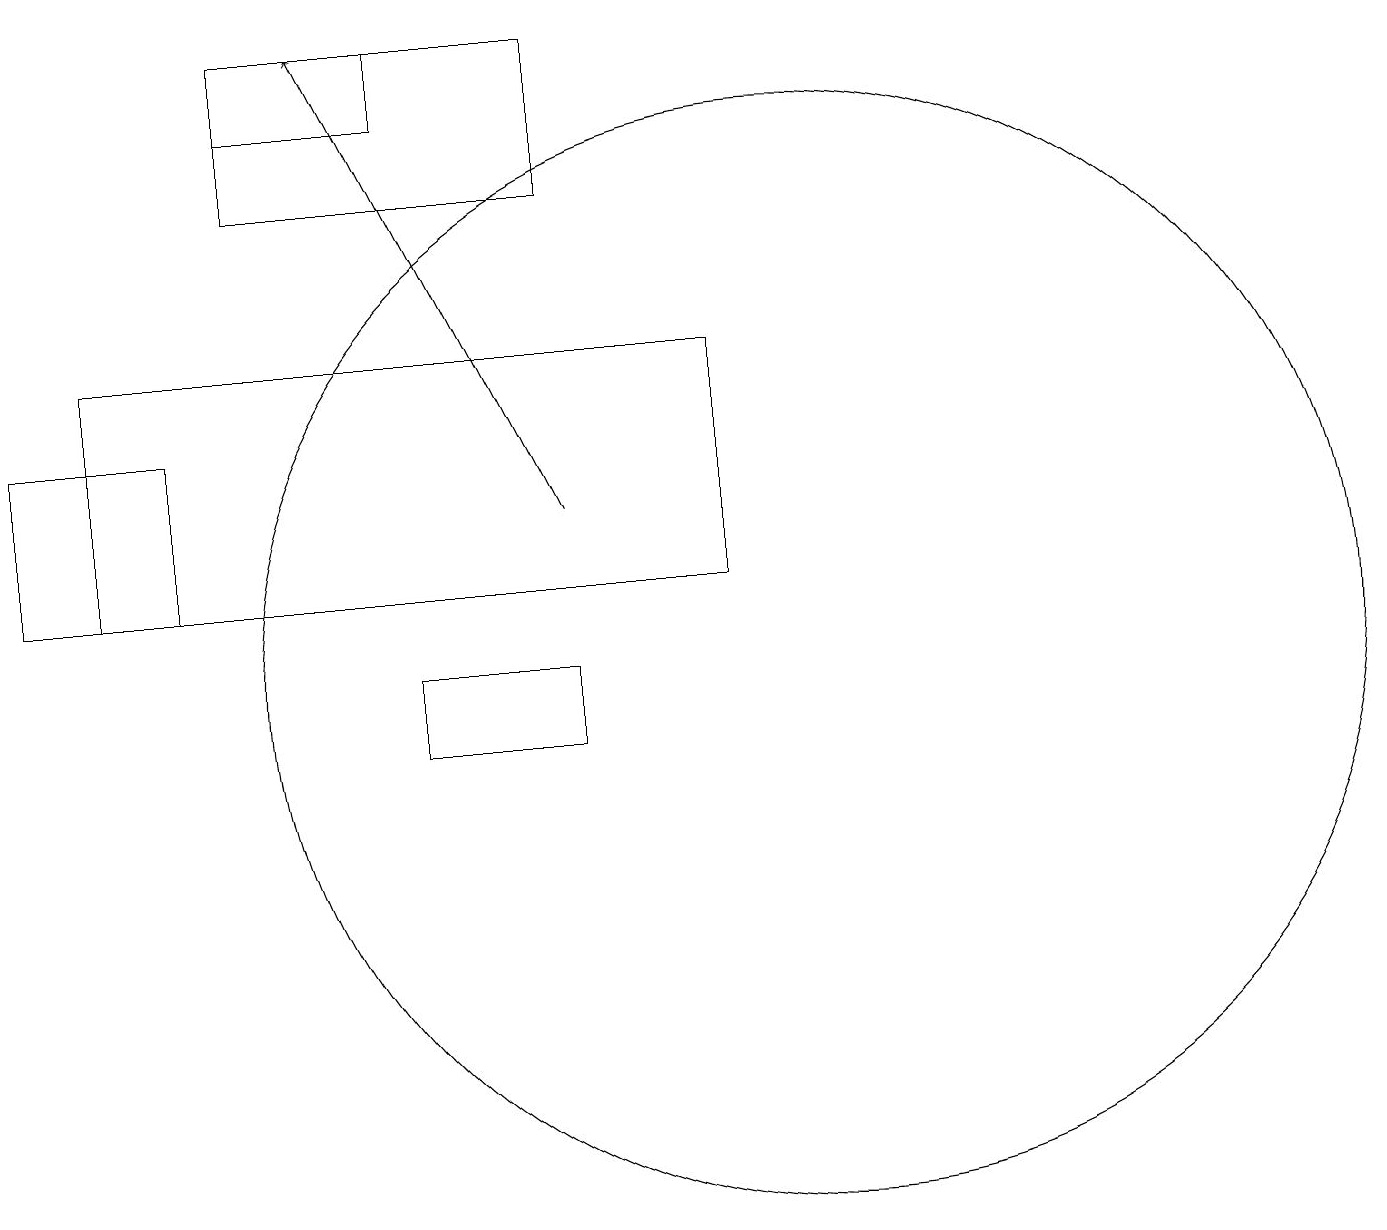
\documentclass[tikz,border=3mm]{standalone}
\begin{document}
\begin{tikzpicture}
\draw (7,17) rectangle (3,19);
\draw (5,10) rectangle (7,11);
\draw[->] (7,13) -- (4,19);
\draw (5,18) rectangle (3,19);
\draw (9,15) rectangle (1,12);
\draw (10,11) circle (7);
\draw (2,14) rectangle (0,12);
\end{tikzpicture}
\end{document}